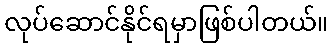
လုပ်ဆောင်နိုင်ရမှာဖြစ်ပါတယ်။